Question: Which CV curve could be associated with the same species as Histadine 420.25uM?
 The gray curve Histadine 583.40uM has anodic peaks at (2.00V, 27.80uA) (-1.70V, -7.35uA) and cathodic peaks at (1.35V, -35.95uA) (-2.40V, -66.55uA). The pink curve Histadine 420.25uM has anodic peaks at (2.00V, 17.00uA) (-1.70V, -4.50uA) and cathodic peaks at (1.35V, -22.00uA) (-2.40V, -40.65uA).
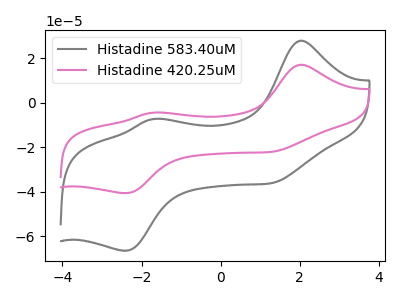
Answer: <think>All the peaks in "Histadine 583.40uM" have a peak in "Histadine 420.25uM" at the same potential.
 </think>
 <answer>The CV with the most similar shape to "Histadine 583.40uM" is "Histadine 420.25uM".</answer>
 <eval>"Histadine 420.25uM"</eval>